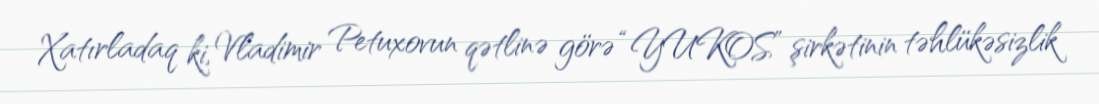
Xatırladaq ki, Vladimir Petuxovun qətlinə görə “YUKOS” şirkətinin təhlükəsizlik